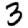
Digit: 3